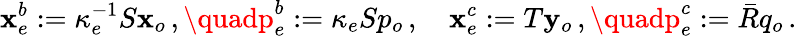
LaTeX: \mathbf{x}_{e}^{b}:=\kappa_{e}^{-1}S\mathbf{x}_{o}\, ,\quadp_{e}^{b}:=\kappa_{e}Sp_{o}\, ,\quad\mathbf{x}_{e}^{c}:=T\mathbf{y}_{o}\, ,\quadp_{e}^{c}:=\bar{{R}}q_{o}\, .